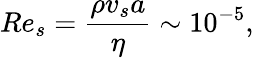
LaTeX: Re_{s}=\frac{\rho v_{s}a}{\eta}\sim 10^{-5},